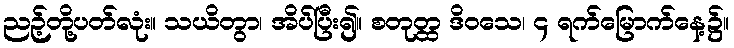
ညဉ့်တို့ပတ်လုံး။ သယိတွာ၊ အိပ်ပြီး၍။ စတုတ္ထ ဒိဝသေ၊ ၄ ရက်မြောက်နေ့၌။